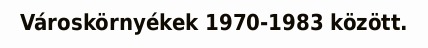
Városkörnyékek 1970-1983 között.